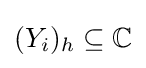
(Y_{i})_{h}\subseteq \mathbb {C}